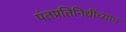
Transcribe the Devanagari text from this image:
पंतप्रतिनिधींच्याच